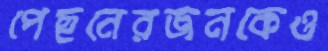
পেছনেরজনকেও